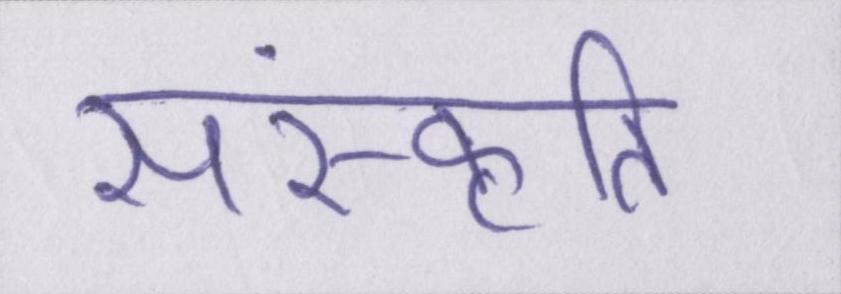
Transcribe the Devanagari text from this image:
संस्कॄति